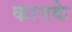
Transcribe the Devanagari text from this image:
कानके